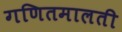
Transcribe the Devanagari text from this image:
गणितमालती